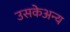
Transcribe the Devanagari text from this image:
उसकेअन्य